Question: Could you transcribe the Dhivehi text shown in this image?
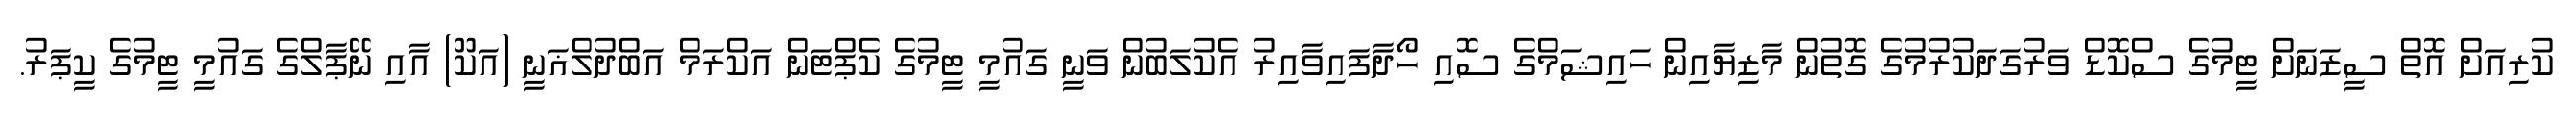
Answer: ކުރިއަށް އޮތް ސީޒަނަށް ޓީމުގެ ސްކޮޑް ވަރުގަދަކުރުމުގެ ގޮތުން މާޒިޔާއިން ހައިޝަމްގެ ސޮއި ހޯދާފައިވާއިރު އެކުލަބުން ވަނީ ގައުމީ ޓީމުގެ ކެޕްޓަން އަކްރަމް އަބްދުލްޣަނީ (އަކޫ) އާއި ނޭޕާލްގެ ގައުމީ ޓީމުގެ ކީޕަރު.